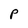
Character: P